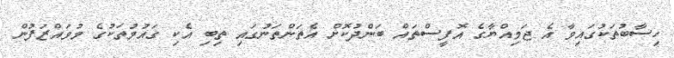
ހިސާބުތަކުގައިވާ އެ ޖަމިއްޔާގެ އޮފީސްތައް ބަންދުކޮށް އެތަންތަނުގައި ތިބި އެކި ގައުމުތަކުގެ މުވައްޒަފުން